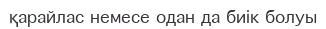
қарайлас немесе одан да биік болуы